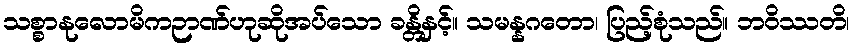
သစ္စာနုလောမိကဉာဏ်ဟုဆိုအပ်သော ခန္တိနှင့်။ သမန္နဂတော၊ ပြည့်စုံသည်။ ဘဝိဿတိ၊